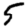
Digit: 5